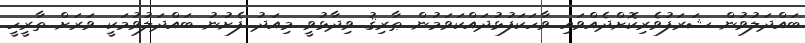
ބައްދަލުވުން ޝަރަފުވެރިކޮށްދެއްވައި ވާހަކަފުޅުދައްކަވަމުން ޠާރިޤު ވިދާޅުވީ މިއަދު ފެށުނު ބައްދަލުވުމަކީ ވަރަށް ތާރީހީ